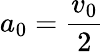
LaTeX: a_{0}={\frac{v_{0}}{2}}